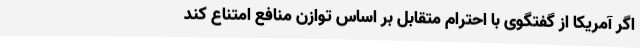
اگر آمریکا از گفتگوی با احترام متقابل بر اساس توازن منافع امتناع کند